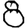
Digit: 8